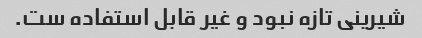
شیرینی تازه نبود و غیر قابل استفاده ست.